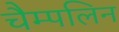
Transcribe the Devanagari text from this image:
चैम्पलिन